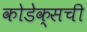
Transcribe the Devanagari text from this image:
कोडेक्सची